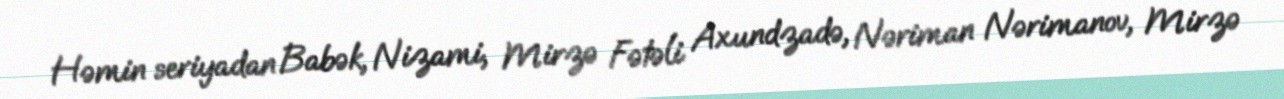
Həmin seriyadan Babək, Nizami, Mirzə Fətəli Axundzadə, Nəriman Nərimanov, Mirzə